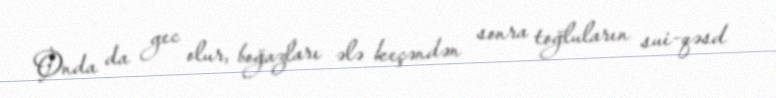
Onda da gec olur, boğazları ələ keçəndən sonra toğluların sui-qəsd